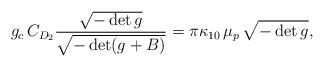
LaTeX: \begin{align*}g_{c} \, C_{D_2} \frac{\sqrt{-\det g}}{\sqrt{-\det (g+B)}}= \pi \kappa_{10} \, \mu_{p} \, \sqrt{-\det g},\end{align*}